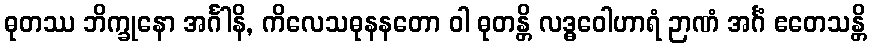
ဓုတဿ ဘိက္ခုနော အင်္ဂါနိ, ကိလေသဓုနနတော ဝါ ဓုတန္တိ လဒ္ဓဝေါဟာရံ ဉာဏံ အင်္ဂံ ဧတေသန္တိ